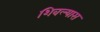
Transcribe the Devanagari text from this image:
शिवल्यास